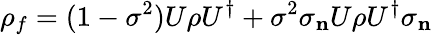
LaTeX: \rho_{f}=(1-\sigma^{2})U\rho U^{\dagger}+\sigma^{2}\sigma_{\mathbf{n}}U\rho U^{\dagger}\sigma_{\mathbf{n}}